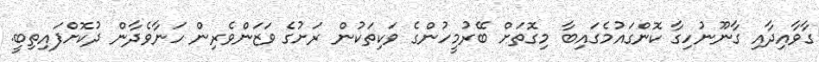
ގާވާއިދާއި ގާނޫނުހިގާ ކޮންގައުމެގައިބާ މިގޮތަށް ބޭރުމީހުންގެ ވަކިތަކުން ރަށުގެ ވަޒަންވެރިން ހަނާވެދާން ދުކޮށްފައިތިބީ.